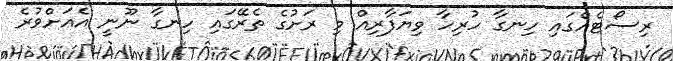
ރިސޯޓެއްގައި ހިނގާ ހުރިހާ ވިޔަފާރިއް މި ރަށުގެ ތެރޭގައި ހިނގާ ނޫނީ އެއަށްވުރެ